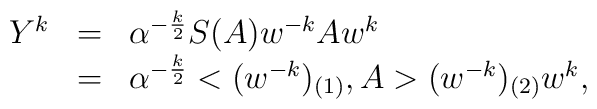
\begin{array}{rcl}Y^{k}      & = & \alpha ^{-\frac {k}{2}} S(A) w^{-k} A w^{k}\\        & = & \alpha ^{-\frac {k}{2}} <(w^{-k})_{(1)}, A>(w^{-k})_{(2)} w^{k},\end{array}